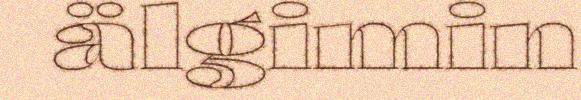
älgimin